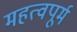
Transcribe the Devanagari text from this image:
महत्वपूर्म